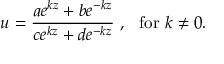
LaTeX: u = \frac { a e ^ { k z } + b e ^ { - k z } } { c e ^ { k z } + d e ^ { - k z } } ~ , ~ \mathrm { ~ f o r ~ } k \neq 0 .